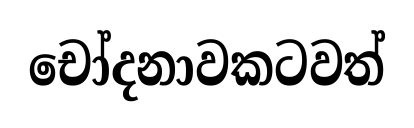
චෝදනාවකටවත්